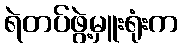
ရဲတပ်ဖွဲ့မှူးရုံးက